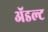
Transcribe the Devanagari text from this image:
ॲडल्ट